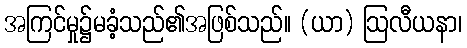
အကြင်မှု၌မခံ့သည်၏အဖြစ်သည်။ (ယာ) ဩလီယနာ၊